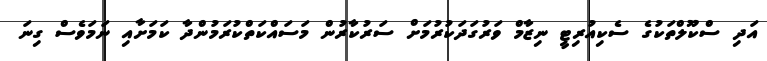
އަދި ސްކޫލްތަކުގެ ސެކިއުރިޓީ ނިޒާމް ވަރުގަދަކުރުމަށް ސަރުކާރުން މަސައްކަތްކުރަމުންދާ ކަމަށާއި ނަމަވެސް ގިނަ